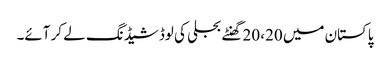
پاکستان میں 20، 20 گھنٹے بجلی کی لوڈشیڈنگ لے کر آئے۔